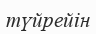
түйрейін